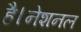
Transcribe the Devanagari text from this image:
है।नेशनल